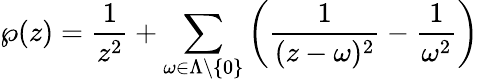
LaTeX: \wp(z)={\frac{1}{z^{2}}}+\sum_{\omega\in\Lambda\setminus\left\{ 0\right\} }\left({\frac{1}{(z-\omega)^{2}}}-{\frac{1}{\omega^{2}}}\right)